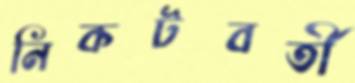
নিকটবর্তী